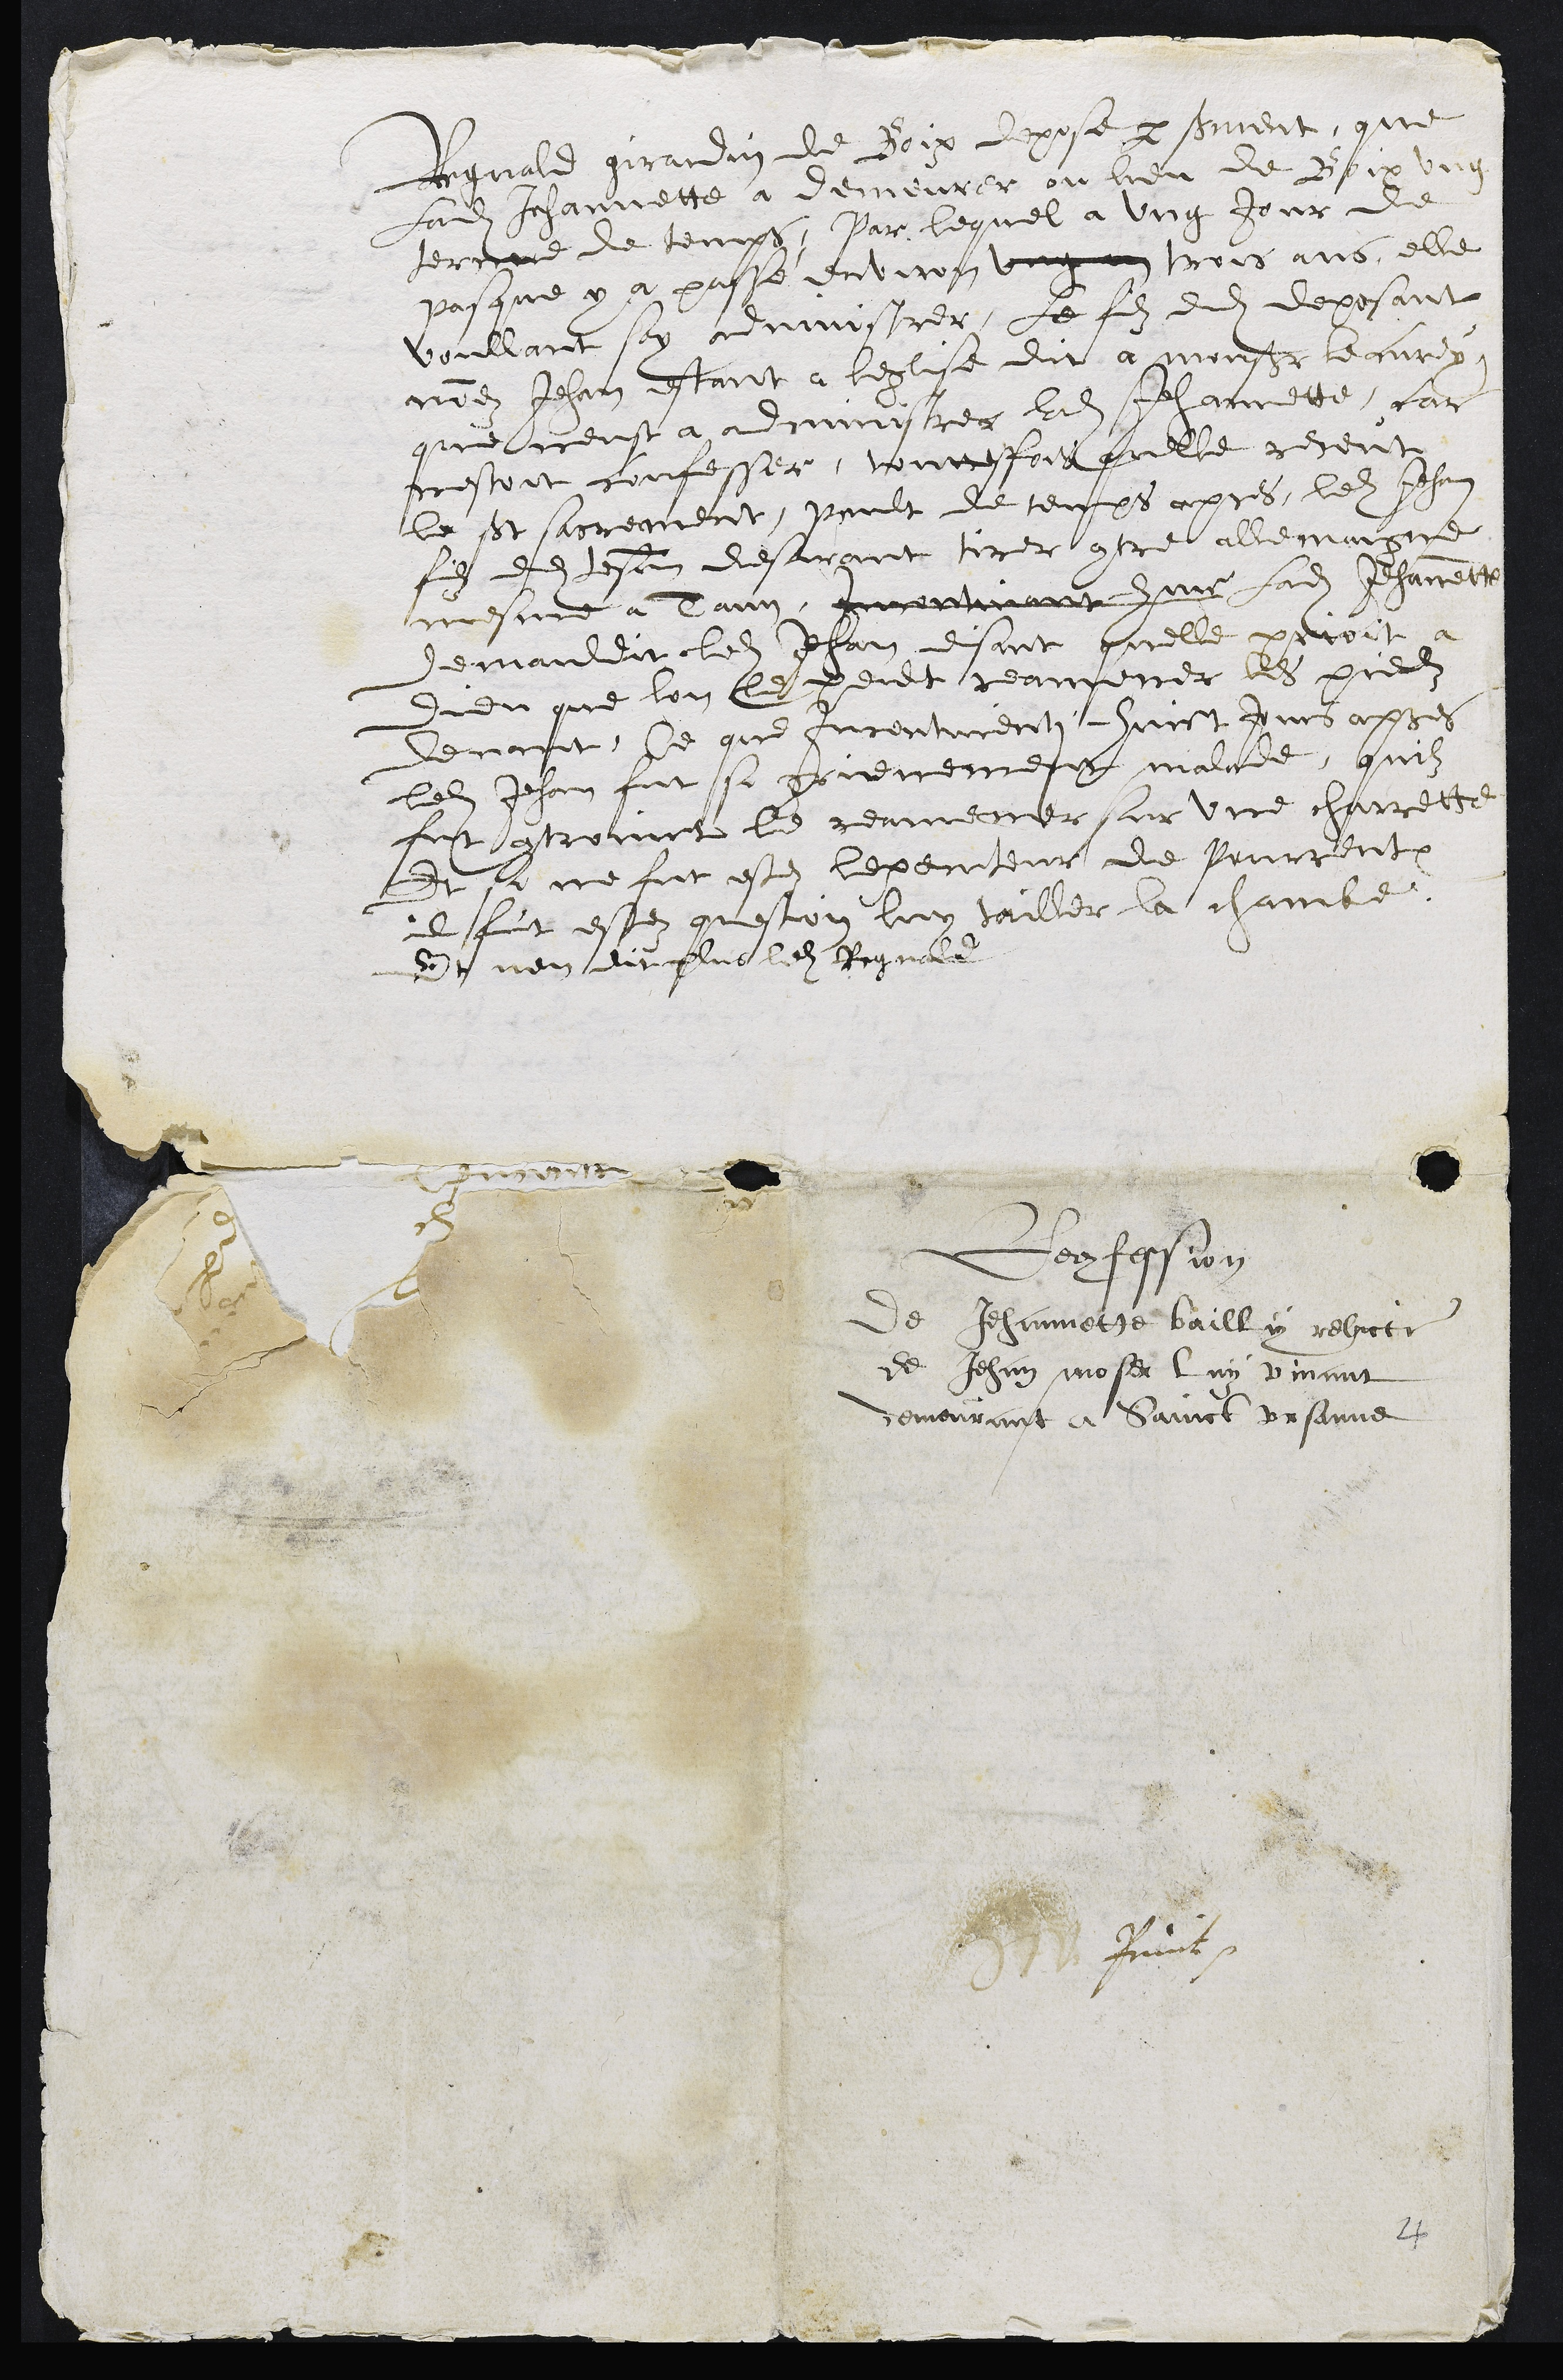
Signald girardin de Boix depose par sement, que
Ladite Jehannette à demeurer ou lieu de Boir ung
termme de temps, Par lequel a ung jour de
pasque y a passe environ ung an trois ans, elle
voullant soy conmissrer, Le filz dudit deposant
mien Jehan Aant a leglise dit a monsieur le curx,
que neust a adcuinistrer ladite Jehannette, fare
nestoit confesser, touttefois quelle receut
le St sacrement, veult de tempps apres, ledit Jehan
filz dudit tesan desarant tirer contre allemaigne
mesme a Dann, Irportinant huir ladite Jehannette
demanldit ledit Jehan disant quelle partroit
Didu que lon le peult reamorer les piedits
demanit, Ce que fcenturent hurct jurs asses
ledit Jehan fut si gouenement malade, quilz
fut controinct le reameuer sur une charrette
Et se ne fut este lexenteur de Pourrentruy
il fut estez queston luy tailler la chambe.
dor nen dit plus ledit Regnald

Deconfession
de Jehannette bailly relicte
de Jehan moser luy vivant
demourant a Sainct Ursanne
Sfis